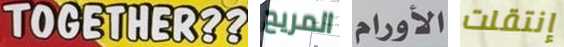
TOGETHER?? المريح الأورام إنتقلت